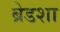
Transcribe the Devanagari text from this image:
ब्रेडशा